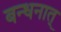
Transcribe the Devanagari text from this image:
बन्धनात्